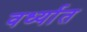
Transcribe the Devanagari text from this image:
वर्ध्यात